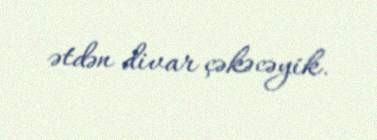
ətdən divar çəkəcəyik.